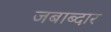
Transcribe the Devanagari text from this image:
जबाब्दार